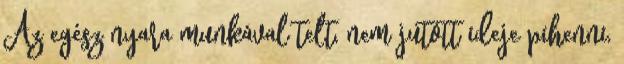
Az egész nyara munkával telt, nem jutott ideje pihenni,